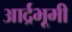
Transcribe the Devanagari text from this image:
आर्द्रभूमी